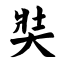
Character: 奘